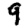
Digit: 9